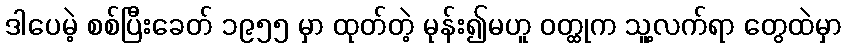
ဒါပေမဲ့ စစ်ပြီးခေတ် ၁၉၅၅ မှာ ထုတ်တဲ့ မုန်း၍မဟူ ဝတ္ထုက သူ့လက်ရာ တွေထဲမှာ